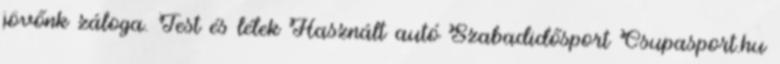
jövőnk záloga. Test és lélek Használt autó Szabadidősport Csupasport.hu